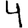
Digit: 4